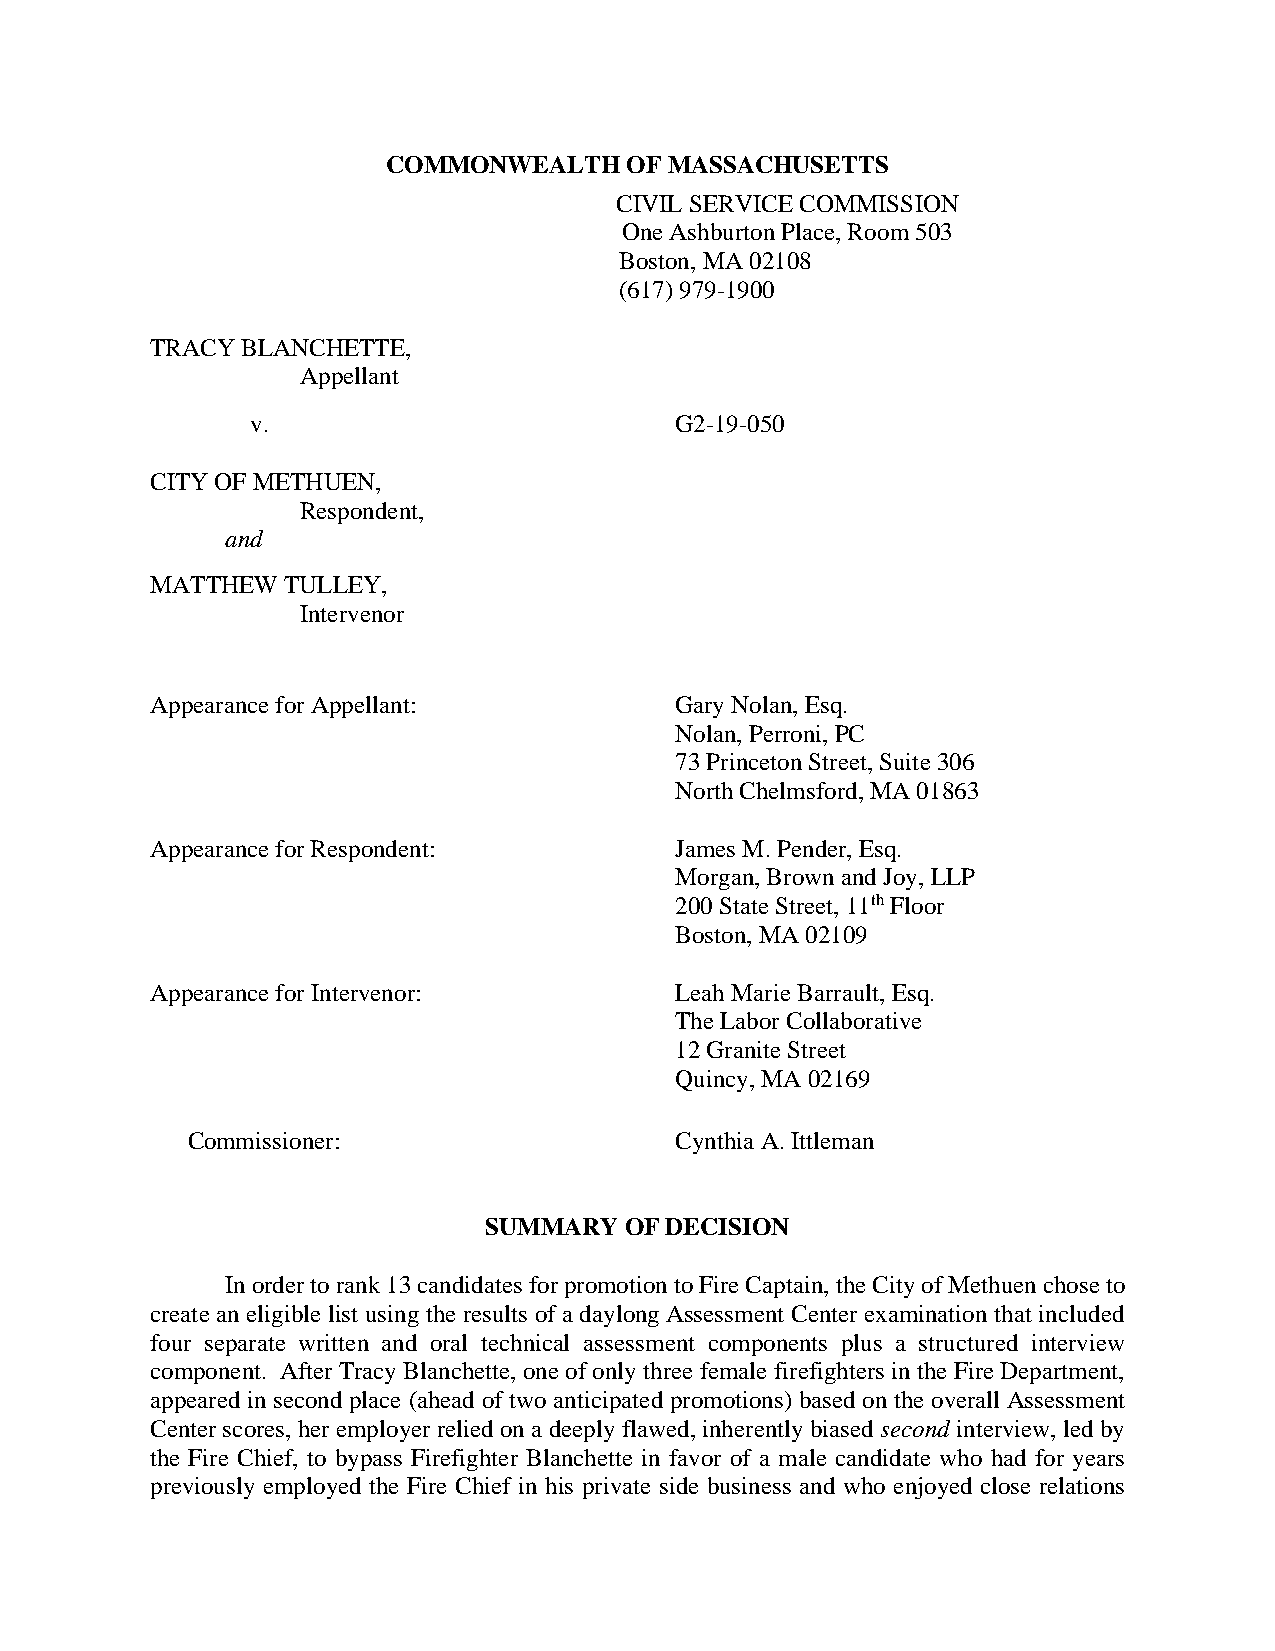
COMMONWEALTH    OF MASSACHUSETTS
 CIVIL SERVICE COMMISSION
 One Ashburton Place, Room 503
 Boston, MA 02108
 (617) 979-1900
 TRACY BLANCHETTE,
 Appellant
 v.                          G2-19-050
 CITY OF METHUEN,
 Respondent,
 and
 MATTHEW  TULLEY,
 Intervenor
 ______________________
 Appearance for Appellant:          Gary Nolan, Esq.
 Nolan, Perroni, PC
 73 Princeton Street, Suite 306
 North Chelmsford, MA 01863
 Appearance for Respondent:         James M. Pender, Esq.
 Morgan, Brown and Joy, LLP
 200 State Street, 11th Floor
 Boston, MA 02109
 Appearance for Intervenor:         Leah Marie Barrault, Esq.
 The Labor Collaborative
 12 Granite Street
 Quincy, MA 02169
 Commissioner:                    Cynthia A. Ittleman
 SUMMARY  OF DECISION
 In order to rank 13 candidates for promotion to Fire Captain, the City of Methuen chose to
 create an eligible list using the results of a daylong Assessment Center examination that included
 four separate written and oral technical assessment components plus a structured interview
 component. After Tracy Blanchette, one of only three female firefighters in the Fire Department,
 appeared in second place (ahead of two anticipated promotions) based on the overall Assessment
 Center scores, her employer relied on a deeply flawed, inherently biased second interview, led by
 the Fire Chief, to bypass Firefighter Blanchette in favor of a male candidate who had for years
 previously employed the Fire Chief in his private side business and who enjoyed close relations